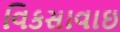
વિકસાવાઇ